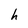
Character: h